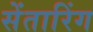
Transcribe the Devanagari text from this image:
सेंतारिंग